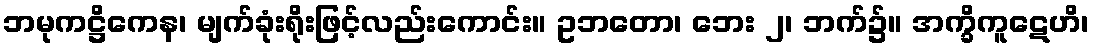
ဘမုကဋ္ဌိကေန၊ မျက်ခုံးရိုးဖြင့်လည်းကောင်း။ ဥဘတော၊ ဘေး ၂၊ ဘက်၌။ အက္ခိကူဋေဟိ၊